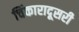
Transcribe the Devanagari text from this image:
चिंकारादूसरी